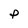
Character: P